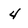
Character: 4